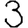
Digit: 3